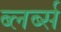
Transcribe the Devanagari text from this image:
ब्लर्ब्स